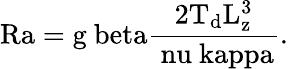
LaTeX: \mathrm{{Ra}=g\ beta\frac{2T_{d}L_{z}^{3}}{\ nu\ kappa}.}